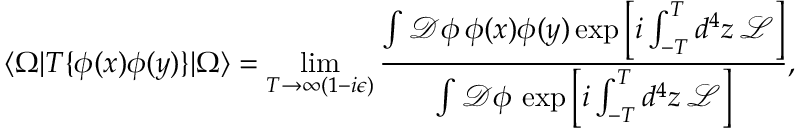
\langle \Omega | T \{ \phi ( x ) \phi ( y ) \} | \Omega \rangle = \operatorname* { l i m } _ { T \to \infty ( 1 - i \epsilon ) } { \frac { \int { \mathcal { D } } \phi \, \phi ( x ) \phi ( y ) \exp \left[ i \int _ { - T } ^ { T } d ^ { 4 } z \, { \mathcal { L } } \right] } { \int { \mathcal { D } } \phi \, \exp \left[ i \int _ { - T } ^ { T } d ^ { 4 } z \, { \mathcal { L } } \right] } } ,